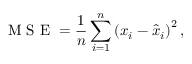
\mathrm { ~ M ~ S ~ E ~ } = \frac { 1 } { n } \sum _ { i = 1 } ^ { n } \left( x _ { i } - \hat { x } _ { i } \right) ^ { 2 } ,